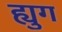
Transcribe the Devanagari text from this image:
ह्युग